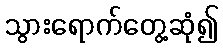
သွားရောက်တွေ့ဆုံ၍